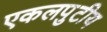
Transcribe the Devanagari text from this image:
एकलपुटीय